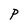
Character: P